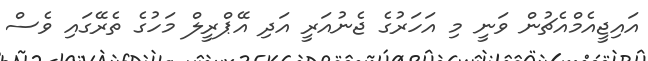
އައިޖީއެމްއެޗުން ވަނީ މި އަހަރުގެ ޖެނުއަރީ އަދި އޭޕްރީލް މަހުގެ ތެރޭގައި ވެސް